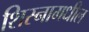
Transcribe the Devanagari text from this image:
शिस्नामधील